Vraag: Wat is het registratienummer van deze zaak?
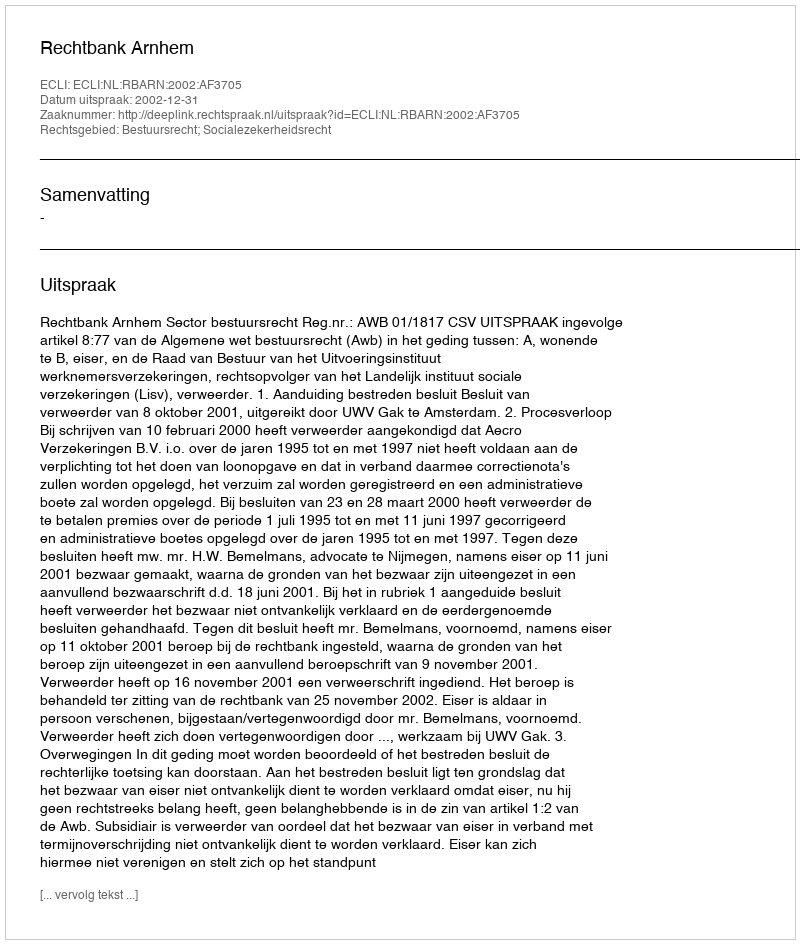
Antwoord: http://deeplink.rechtspraak.nl/uitspraak?id=ECLI:NL:RBARN:2002:AF3705